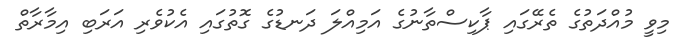
މިވީ މުއްދަތުގެ ތެރޭގައި ޕާކިސްތާނުގެ އަމިއްލަ ދަނޑުގެ ގޮތުގައި އެކުވެރި އަރަބި އިމާރާތް